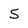
Character: S